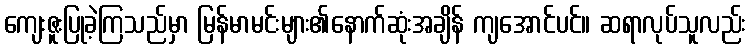
ကျေးဇူးပြုခဲ့ကြသည်မှာ မြန်မာမင်းများ၏နောက်ဆုံးအချိန် ကျအောင်ပင်။ ဆရာလုပ်သူလည်း